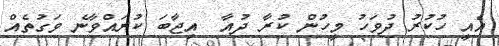
އެއީ ހުކުރު ދުވަހު މީހުން ކުރާ ދުއާ  އިޖާބަ ކުރައްވާނެ ވަގުތެއް